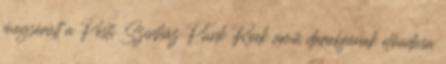
megsérült a Pesti Színház Punk Rock című darabjának előadása